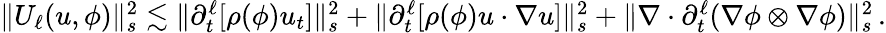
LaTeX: \begin{array}{r}{\| U_{\ell}(u,\phi)\| _{s}^{2}\lesssim\| \partial_{t}^{\ell}[\rho(\phi)u_{t}]\| _{s}^{2}+\| \partial_{t}^{\ell}[\rho(\phi)u\cdot\nabla u]\| _{s}^{2}+\| \nabla\cdot\partial_{t}^{\ell}(\nabla\phi\otimes\nabla\phi)\| _{s}^{2}\, .}\end{array}